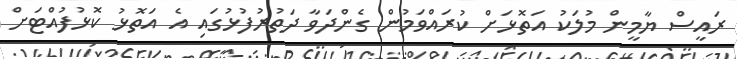
ރައީސް ޔާމީން މުލަކު އަތޮޅަށް ކުރައްވަމުން ގެންދަވާ ދަތުރުފުޅުގައި އެ އަތޮޅު ކޮޅުފުއްޓަށް